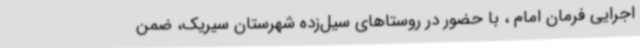
اجرایی فرمان امام ، با حضور در روستاهای سیل‌زده شهرستان سیریک، ضمن